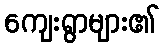
ကျေးရွာများ၏